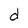
Character: d